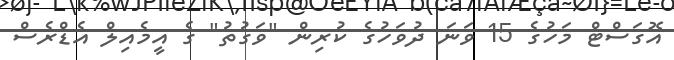
އޮގަސްޓް މަހުގެ 15 ވަނަ ދުވަހުގެ ކުރިން "ވަގުތު" ގެ އީމެއިލް އެޑްރެސް